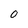
Character: O